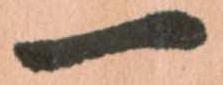
一